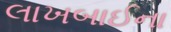
લાખબાઈના